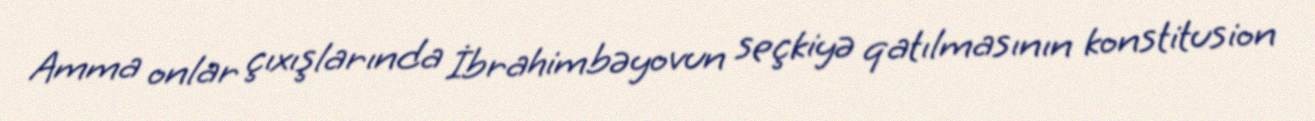
Amma onlar çıxışlarında İbrahimbəyovun seçkiyə qatılmasının konstitusion